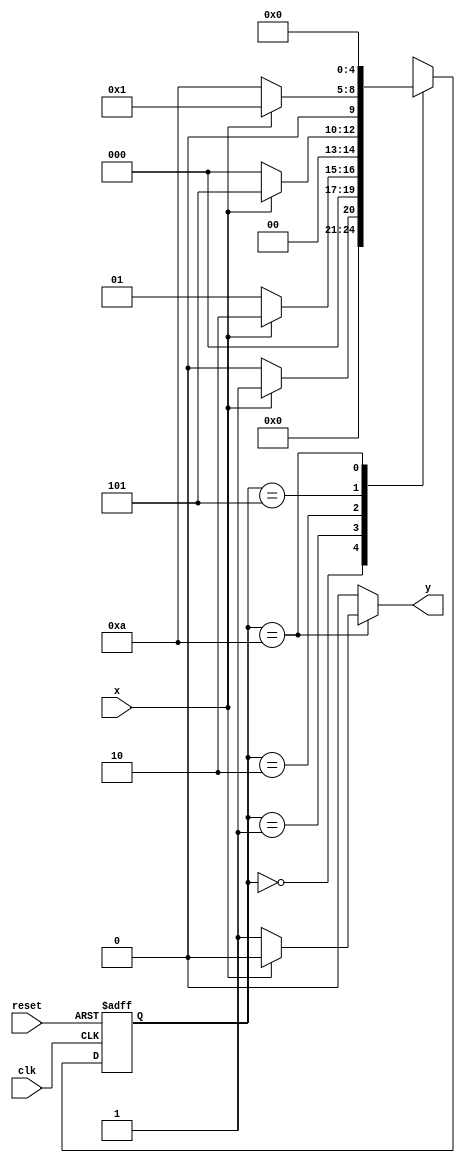
// FAVOR COLOCAR NOME E MATRICULA

// --------------
// --- Moore FSM  (Flying Spaguetti Monster)
// -------------- 
 
/*//--
//----  e1(0) -1> e2(1) / e2(1) -1> e2(1)  / e3(10) -1> e4(101) / e4(1010) -1> e5(10101) / e5(10101) -1> end true 
//----        -0> e1(0) /       -0> e3(10) /        -0> e1(0)   /          -0> end true  /           -0> e1(0)
*///--
 
//-- constant definitions 
`define found    1 
`define notfound 0 
 
//-- FSM by Moore 
module exempo0052 ( y, x, clk, reset ); 
 output  y; 
 input   x; 
 input   clk; 
 input   reset; 
 
 reg      y; 
 
 parameter         // --state identifiers  
   start   = 5'b00000, 
   id1     = 5'b00001, 
   id10    = 5'b00010,
	id101   = 5'b00101,
	id1010  = 5'b01010; 
 
   reg [4:0] E1; // --current state variables 
   reg [4:0] E2; // --next state logic output 
 
 
// --next state logic 
   always @( x or E1 ) 
    begin 
     y = `notfound; 
     case ( E1 ) 
      start: 
        if ( x ) 
         E2 = id1; 
        else 
         E2 = start; 
      id1: 
        if ( x ) 
         E2 = id10; 
        else 
         E2 = id1; 
      id10: 
        if ( x ) 
         E2 = id101; 
        else 
         E2 = start;
		id101:
		  if ( x ) 
         E2 = id1; 
        else 
         E2 = id1010;
		id1010:
		  if ( x ) 
         begin 
           E2 =  start; 
           y  = `notfound; 
         end 
        else 
         begin 
           E2 =  start; 
           y  = `found; 
         end 
      default:   // undefined state 
           E2 =  5'bxx; 
     endcase 
    end // always at signal or state changing 
 
// state variables 
   always @( posedge clk or negedge reset ) 
    begin 
     if ( reset ) 
      E1 = E2;    // updates current state 
     else 
      E1 = 0;     // reset 
    end // always at signal changing 
 
endmodule // mealy10101